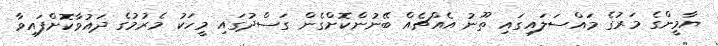
ޔާމީންގެ މަރުގެ މައްސަލައިގައި ތޫނު އެއްޗެއް ބޭނުންކޮށްގެން ގަސްދުގައި މީހަކު މެރުމުގެ ދައުވާކޮށްފައިވާ